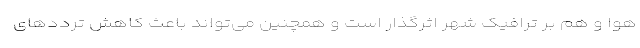
هوا و هم بر ترافیک شهر اثرگذار است و همچنین می‌تواند باعث کاهش ترددهای